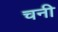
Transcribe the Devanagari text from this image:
चनी